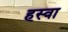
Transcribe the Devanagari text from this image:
हस्वा